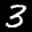
Label: 3